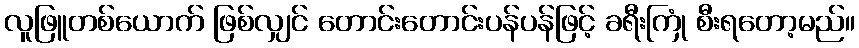
လူဖြူတစ်ယောက် ဖြစ်လျှင် တောင်းတောင်းပန်ပန်ဖြင့် ခရီးကြုံ စီးရတော့မည်။